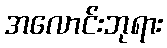
အလောင်းဘုရား